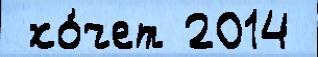
 хо́чет 2014